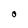
Character: O